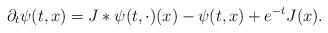
LaTeX: \begin{align*}\partial_t \psi(t, x) = J\ast \psi (t, \cdot)(x) - \psi (t, x) + e^{-t} J(x).\end{align*}